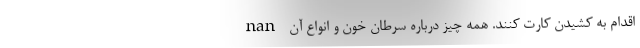
اقدام به کشیدن کارت کنند. همه چیز درباره سرطان خون و انواع آن nan